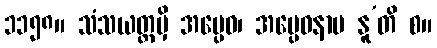
၁၁၅၈။ သံသယတ္ထမှိ အပ္ပေဝ၊ အပ္ပေဝနာမ နူ’တိ စ။